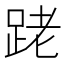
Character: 𨀼